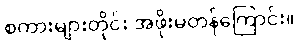
စကားများတိုင်း အဖိုးမတန်ကြောင်း။